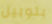
بلوبيل